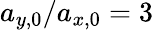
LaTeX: a_{y,0}/a_{x,0}=3\